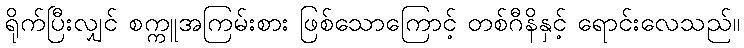
ရိုက်ပြီးလျှင် စက္ကူအကြမ်းစား ဖြစ်သောကြောင့် တစ်ဂီနိနှင့် ရောင်းလေသည်။